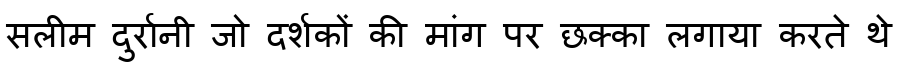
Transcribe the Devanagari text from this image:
सलीम दुर्रानी जो दर्शकों की मांग पर छक्का लगाया करते थे